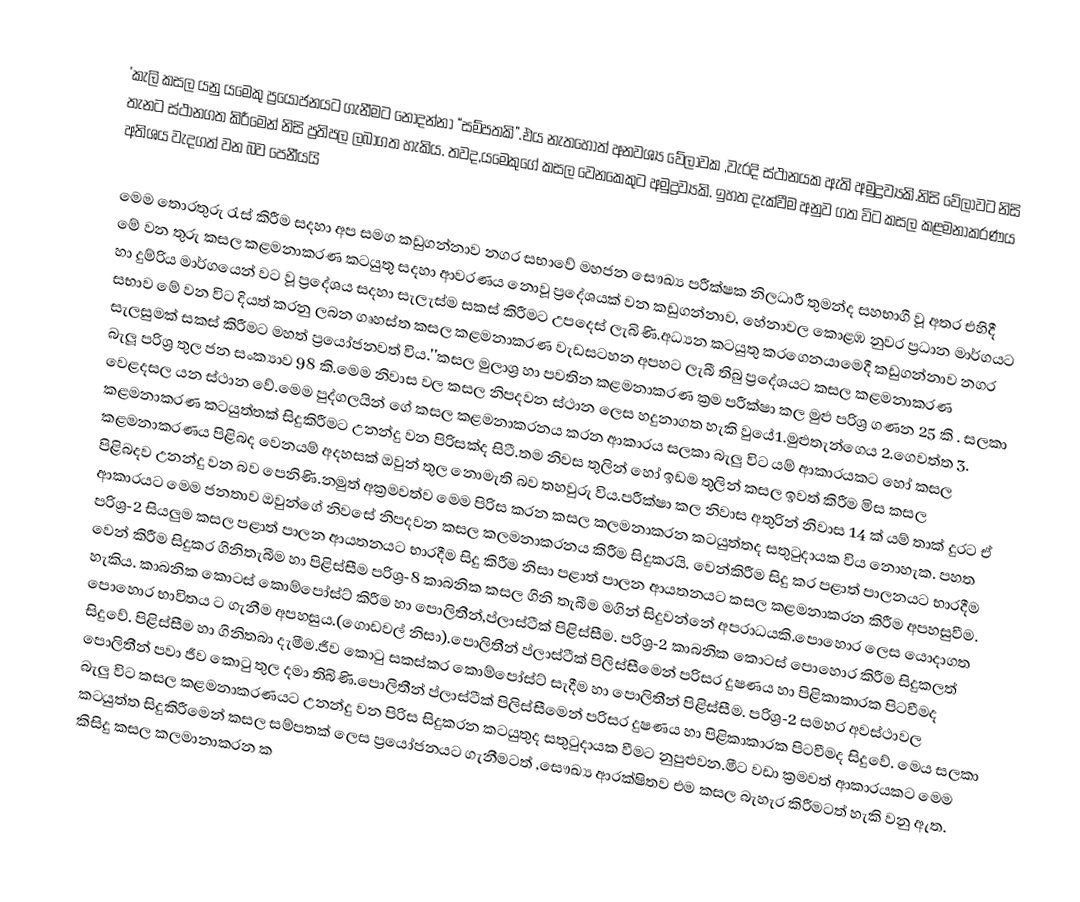
'කැලි කසල  යනු යමෙකු ප්‍රයෝජනයට ගැනීමට නොදන්නා “සම්පතකි”.එය නැතහොත් අනවශ්‍ය වේලාවක ,වැරදි ස්ථානයක ඇති අමුද්‍රව්‍යකි.නිසි වේලාවට නිසි තැනට ස්ථානගත කිරීමෙන් නිසි ප්‍රතිපල ලබාගත හැකිය. තවද,යමෙකුගේ කසල වෙනකෙකුට අමුද්‍රව්‍යකි. ඉහත දැක්වීම අනුව ගත විට කසල කළමනාකරණය අතිශය වැදගත් වන බව පෙනීයයි

මෙම තොරතුරු රැස් කිරීම සදහා අප සමග කඩුගන්නාව නගර සභාවේ මහජන සෞඛ්‍ය පරීක්ෂක නිලධාරී තුමන්ද සහභාගී වූ අතර එහිදී මේ වන තුරු කසල කළමනාකරණ කටයුතු සදහා ආවරණය නොවූ ප්‍රදේශයක් වන කඩුගන්නාව, හේනාවල කොළඹ නුවර ප්‍රධාන මාර්ගයට හා දුම්රිය මාර්ගයෙන් වට වූ ප්‍රදේශය සදහා සැලැස්ම සකස් කිරීමට උපදෙස් ලැබිණි.අධ්‍යන කටයුතු කරගෙනයාමෙදී කඩුගන්නාව නගර සභාව මේ වන විට දියත් කරනු ලබන ගෘහස්ත කසල කළමනාකරණ වැඩසටහන අපහට ලැබී තිබු ප්‍රදේශයට කසල කළමනාකරණ සැලසුමක් සකස් කිරීමට මහත් ප්‍රයෝජනවත් විය.''කසල මුලාශ්‍ර හා පවතින කළමනාකරණ ක්‍රම පරීක්ෂා කල මුළු පරිශ්‍ර ගණන 25 කි . සලකා බැලූ පරිශ්‍ර තුල ජන සංක්‍යාව 98 කි.මෙම නිවාස වල කසල නිපදවන ස්ථාන ලෙස හදුනාගත හැකි වුයේ1.මුළුතැන්ගෙය 2.ගෙවත්ත 3. වෙළදසල යන ස්ථාන වේ.මෙම පුද්ගලයින් ගේ කසල කළමනාකරනය කරන ආකාරය සලකා බැලු විට යම් ආකාරයකට හෝ කසල කළමනාකරණ කටයුත්තක් සිදුකිරීමට උනන්දු වන පිරිසක්ද සිටී.තම නිවස තුලින් හෝ ඉඩම තුලින් කසල ඉවත් කිරීම මිස කසල කළමනාකරණය පිළිබද වෙනයම් අදහසක් ඔවුන් තුල නොමැති බව තහවුරු විය.පරීක්ෂා කල නිවාස අතුරින් නිවාස 14 ක් යම් තාක් දුරට ඒ පිළිබදව උනන්දු වන බව පෙනිණි.නමුත් අක්‍රමවත්ව මෙම පිරිස කරන කසල කලමනාකරන කටයුත්තද සතුටුදායක විය නොහැක. පහත ආකාරයට මෙම ජනතාව ඔවුන්ගේ නිවසේ නිපදවන කසල කලමනාකරනය කිරීම සිදුකරයි. වෙන්කිරීම සිදු කර පළාත් පාලනයට භාරදීම පරිශ්‍ර-2 සියලුම කසල පළාත් පාලන ආයතනයට භාරදීම සිදු කිරීම නිසා පළාත් පාලන ආයතනයට කසල කළමනාකරන කිරීම අපහසුවීම. වෙන් කිරීම සිදුකර ගිනිතැබීම හා පිළිස්සීම පරිශ්‍ර-8 කාබනික කසල ගිනි තැබීම මගින් සිදුවන්නේ අපරාධයකි.පොහොර ලෙස යොදාගත හැකිය. කාබනික කොටස් කොම්පෝස්ට් කිරීම හා පොලිතීන්,ප්ලාස්ටීක් පිළිස්සීම. පරිශ්‍ර-2 කාබනික කොටස් පොහොර කිරීම සිදුකලත් පොහොර භාවිතය ට ගැනීම අපහසුය.(ගොඩවල් නිසා).පොලිතීන් ප්ලාස්ටීක් පිලිස්සීමෙන් පරිසර දුෂණය හා පිළිකාකාරක පිටවීමද සිදුවේ. පිළිස්සීම  හා ගිනිතබා දැමීම.ජීව කොටු සකස්කර කොම්පෝස්ට් සැදීම හා පොලිතීන් පිළිස්සීම. පරිශ්‍ර-2 සමහර අවස්ථාවල පොලිතීන් පවා ජීව කොටු තුල දමා තිබිණි.පොලිතීන් ප්ලාස්ටීක් පිලිස්සීමෙන් පරිසර දුෂණය හා පිළිකාකාරක පිටවීමද සිදුවේ. මෙය සලකා බැලු විට කසල කළමනාකරණයට උනන්දු වන පිරිස සිදුකරන කටයුතුද සතුටුදායක වීමට නුපුළුවන.මීට වඩා ක්‍රමවත් ආකාරයකට මෙම කටයුත්ත සිදුකිරීමෙන් කසල සම්පතක් ලෙස ප්‍රයෝජනයට ගැනීමටත් ,සෞඛ්‍ය ආරක්ෂිතව එම කසල බැහැර කිරීමටත් හැකි වනු ඇත. කිසිදු කසල කලමානාකරන ක